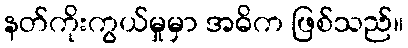
နတ်ကိုးကွယ်မှုမှာ အဓိက ဖြစ်သည်။